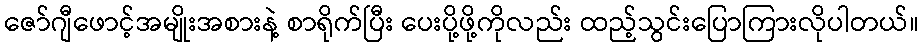
ဇော်ဂျီဖောင့်အမျိုးအစားနဲ့ စာရိုက်ပြီး ပေးပို့ဖို့ကိုလည်း ထည့်သွင်းပြောကြားလိုပါတယ်။